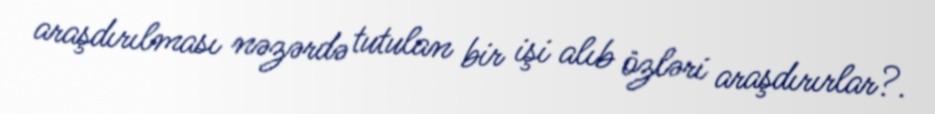
araşdırılması nəzərdə tutulan bir işi alıb özləri araşdırırlar?.